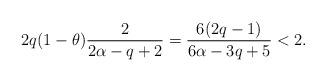
LaTeX: \begin{align*}2q(1-\theta)\frac{2}{2\alpha-q+2}=\frac{6(2q-1)}{6\alpha-3q+5}<2.\end{align*}